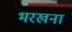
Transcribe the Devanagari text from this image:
भरखना